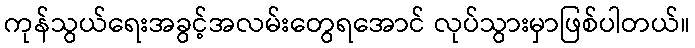
ကုန်သွယ်ရေးအခွင့်အလမ်းတွေရအောင် လုပ်သွားမှာဖြစ်ပါတယ်။